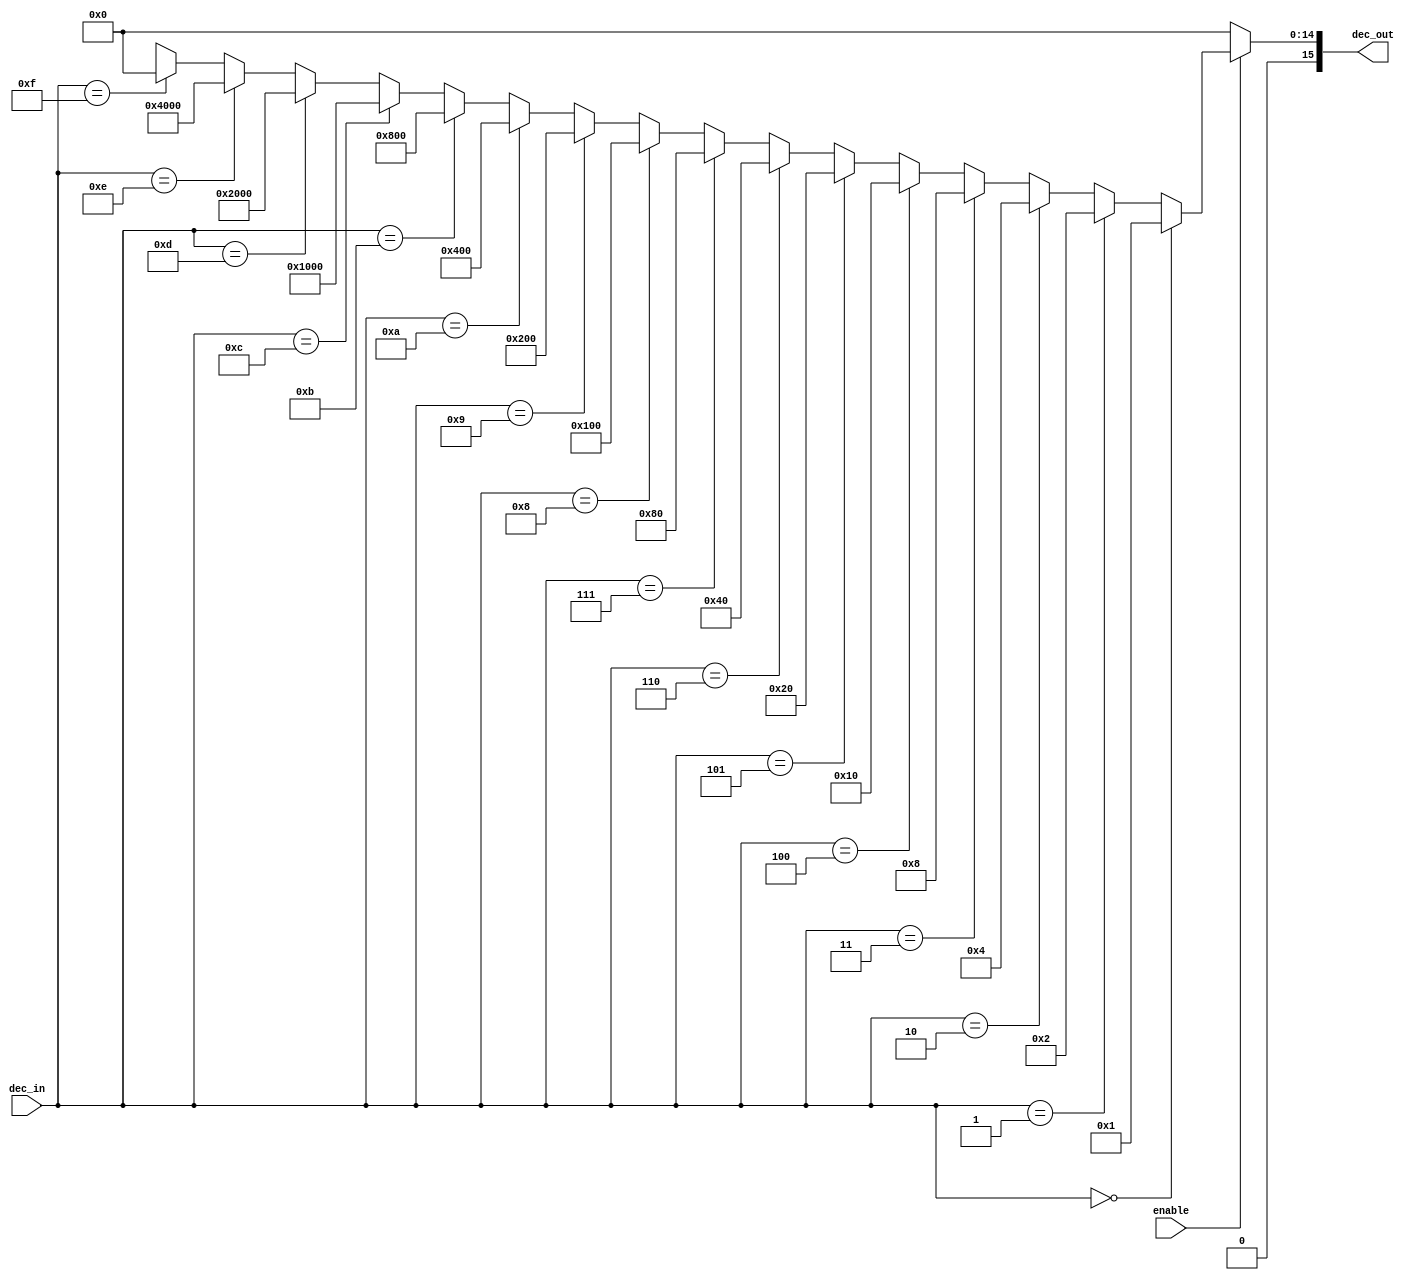
module decoder4to16_sefunmi(enable, dec_in, dec_out);
	input enable;
	input [3:0] dec_in;
	output [15:0] dec_out;
	wire [15:0] outs;

	assign outs = (dec_in == 4'b0000) ? 15'b0000000000000001 : 
		      (dec_in == 4'b0001) ? 15'b0000000000000010 :
		      (dec_in == 4'b0010) ? 15'b0000000000000100 :
		      (dec_in == 4'b0011) ? 15'b0000000000001000 :
		      (dec_in == 4'b0100) ? 15'b0000000000010000 :
		      (dec_in == 4'b0101) ? 15'b0000000000100000 :
		      (dec_in == 4'b0110) ? 15'b0000000001000000 : 
		      (dec_in == 4'b0111) ? 15'b0000000010000000 :
		      (dec_in == 4'b1000) ? 15'b0000000100000000 : 
		      (dec_in == 4'b1001) ? 15'b0000001000000000 :
		      (dec_in == 4'b1010) ? 15'b0000010000000000 :
		      (dec_in == 4'b1011) ? 15'b0000100000000000 :
		      (dec_in == 4'b1100) ? 15'b0001000000000000 :
		      (dec_in == 4'b1101) ? 15'b0010000000000000 :
		      (dec_in == 4'b1110) ? 15'b0100000000000000 : 
		      (dec_in == 4'b1111) ? 15'b1000000000000000 :
		      15'bxxxxxxxxxxxxxxx;
	assign dec_out = enable ? outs  : 15'b0000000000000000;
	endmodule